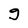
Character: g